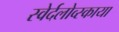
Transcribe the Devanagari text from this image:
स्वेर्दलोव्स्काया